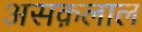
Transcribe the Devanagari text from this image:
असक़लाल